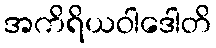
အကိရိယဝါဒေါတိ